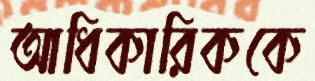
আধিকারিককে